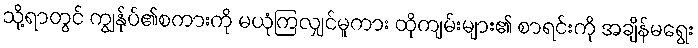
သို့ရာတွင် ကျွန်ုပ်၏စကားကို မယုံကြလျှင်မူကား ထိုကျမ်းများ၏ စာရင်းကို အချိန်မရွေး